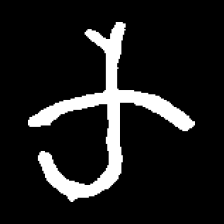
Pyu character \u2014 Myanmar letter: က (romanized: ka)